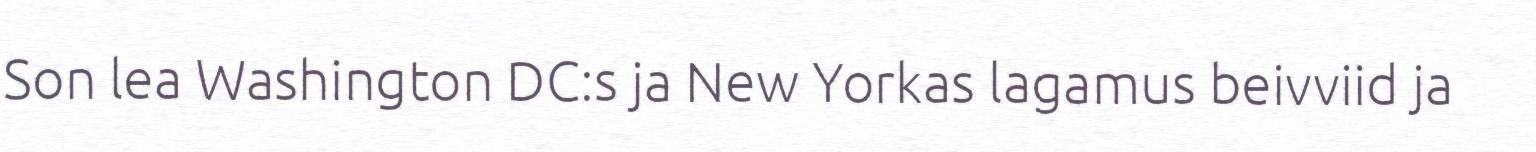
Son lea Washington DC:s ja New Yorkas lagamus beivviid ja